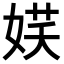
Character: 𡝩